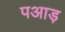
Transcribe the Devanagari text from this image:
पआड़